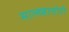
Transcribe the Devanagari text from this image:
साल्व्हातोरी